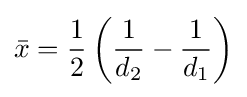
{\bar {x}}={\frac {1}{2}}\left({\frac {1}{d_{2}}}-{\frac {1}{d_{1}}}\right)